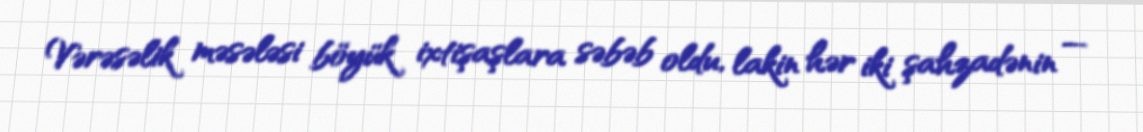
Vərəsəlik məsələsi böyük ixtişaşlara səbəb oldu, lakin hər iki şahzadənin —